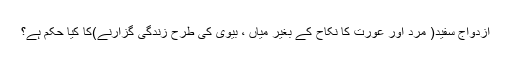
ازدواج سفید( مرد اور عورت کا نکاح کے بغیر میاں ، بیوی کی طرح زندگی گزارنے)کا کیا حکم ہے؟